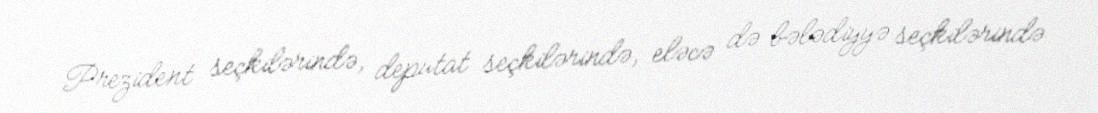
Prezident seçkilərində, deputat seçkilərində, eləcə də bələdiyyə seçkilərində